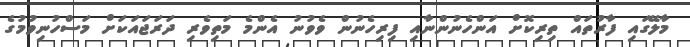
މާލޭގައި ފާރުތައް ތިރިކޮށް އަންހެނުންނާއި ފިރިހެނުން ވެވުނު އެންމެ މަތިވެރި ދަރަޖައަކަށް މަސްހުނިވުމުގެ